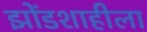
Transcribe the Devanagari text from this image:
झोंडशाहीला